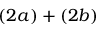
( 2 a ) + ( 2 b )